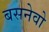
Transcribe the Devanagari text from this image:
बसनेवो